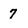
Character: 7